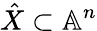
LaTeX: {\hat{X}}\subset\mathbb{A}^{n}